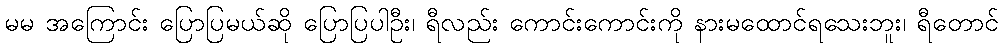
မမ အကြောင်း ပြောပြမယ်ဆို ပြောပြပါဦး၊ ရီလည်း ကောင်းကောင်းကို နားမထောင်ရသေးဘူး၊ ရီတောင်